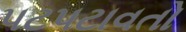
પટપટાવતો